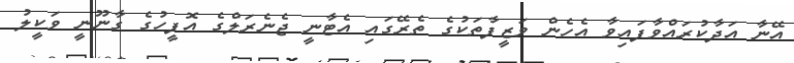
އޭނާ އަދާކުރައްވާފައިވާ އެހެން ވަޒީފާތަކުގެ ތެރޭގައި އެޓާނީ ޖެނެރަލްގެ އޮފީހުގެ ގާނޫނީ ވަކީލު